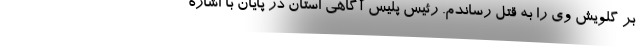
بر گلویش وی را به قتل رساندم. رئیس پلیس آگاهی استان در پایان با اشاره